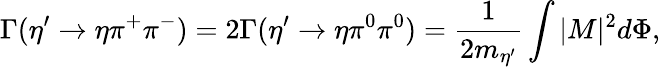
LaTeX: \Gamma(\eta^{\prime}\rightarrow\eta\pi^{+}\pi^{-})=2\Gamma(\eta^{\prime}\rightarrow\eta\pi^{0}\pi^{0})={\frac{1}{2m_{\eta^{\prime}}}}\int|M|^{2}d\Phi,